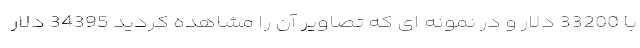
با 33200 دلار و در نمونه ای که تصاویر آن را مشاهده کردید 34395 دلار